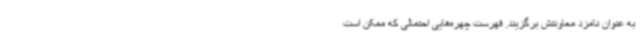
به عنوان نامزد معاونتش برگزیند. فهرست چهره‌هایی احتمالی که ممکن است